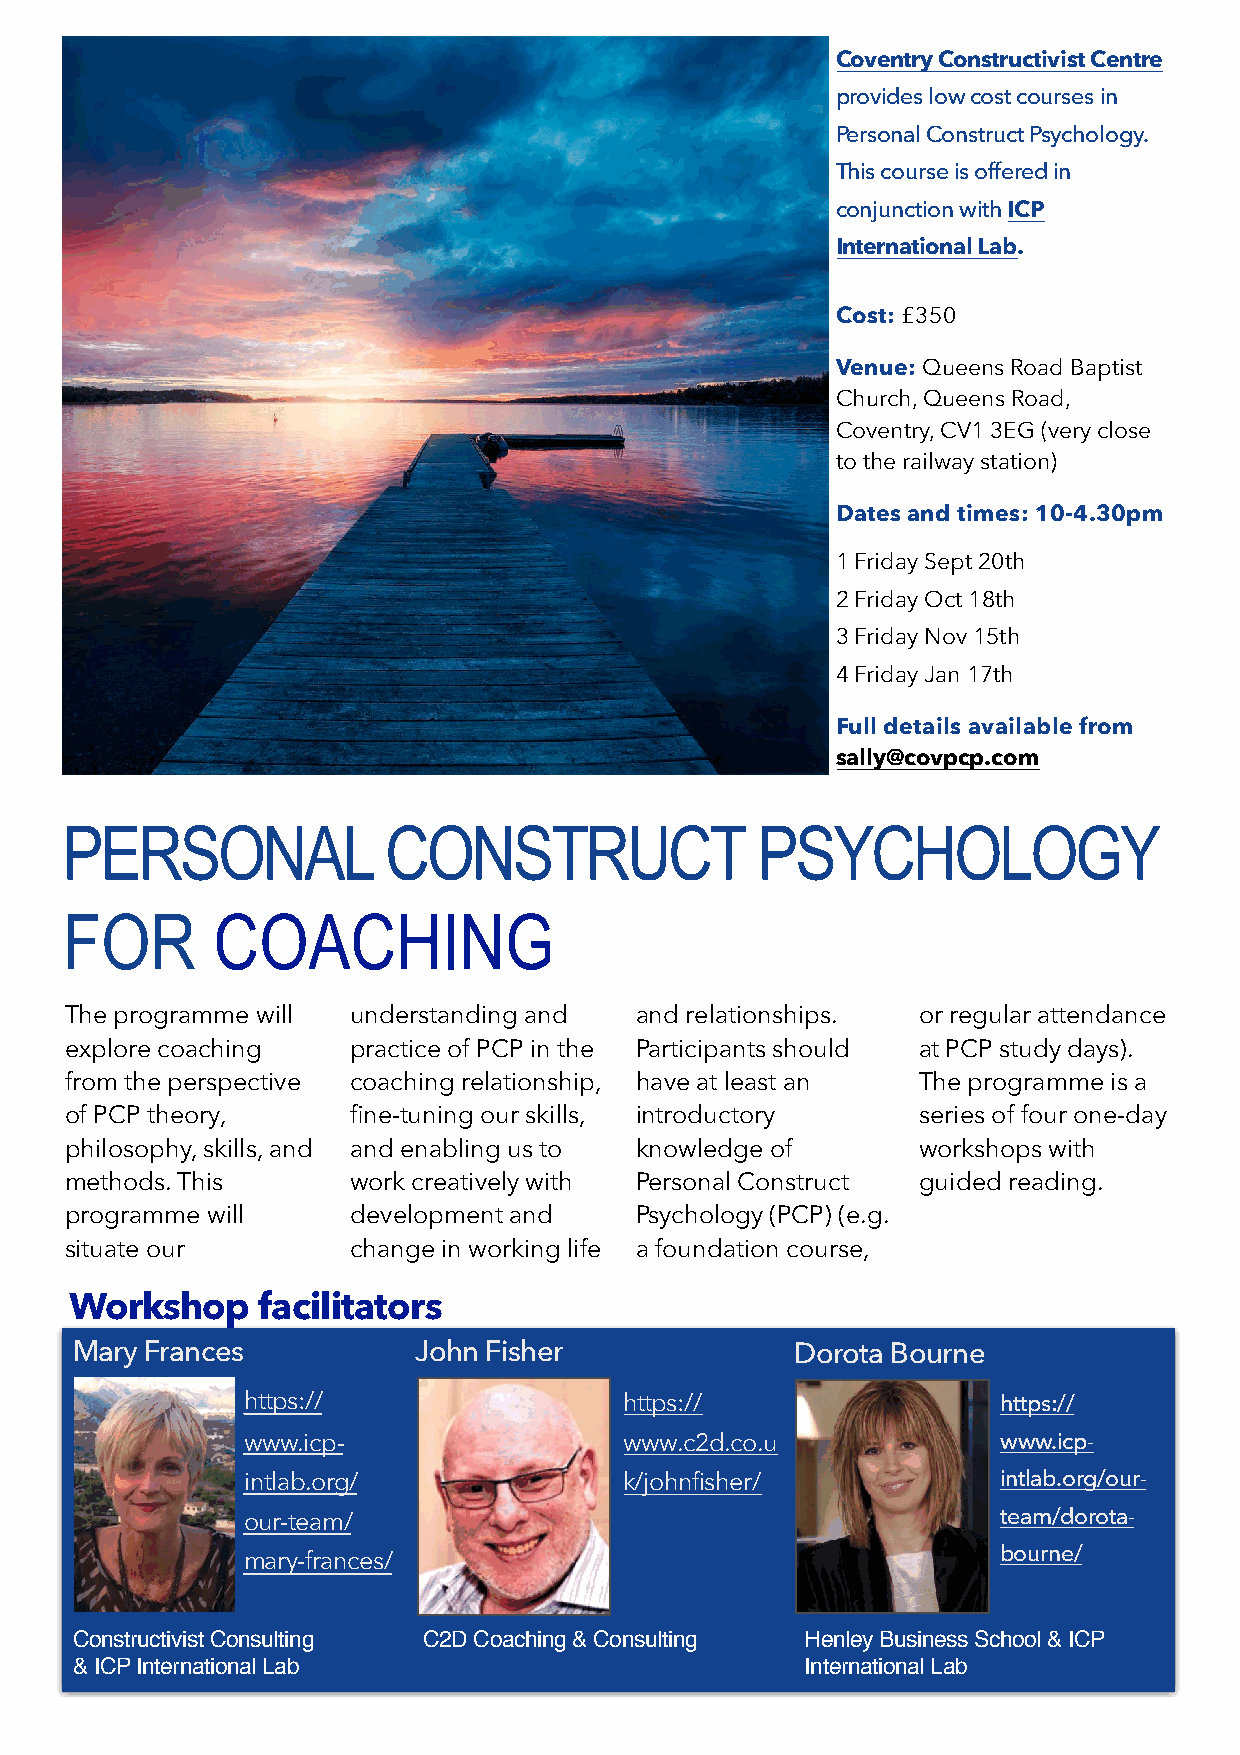
Coventry Constructivist Centre
 provides low cost courses in
 Personal Construct Psychology.
 This course is offered in
 conjunction with ICP
 International Lab.
 Cost: £350
 Venue: Queens Road Baptist
 Church, Queens Road,
 Coventry, CV1 3EG (very close
 to the railway station)
 Dates and times: 10-4.30pm
 1 Friday Sept 20th
 2 Friday Oct 18th
 3 Friday Nov 15th
 4 Friday Jan 17th
 Full details available from
 sally@covpcp.com
 PERSONAL              CONSTRUCT               PSYCHOLOGY
 FOR       COACHING
 The programme will understanding and  and relationships. or regular attendance
 explore coaching   practice of PCP in the Participants should at PCP study days).
 from the perspective coaching relationship, have at least an The programme is a
 of PCP theory,     fine-tuning our skills, introductory  series of four one-day
 philosophy, skills, and and enabling us to knowledge of  workshops with
 methods. This      work creatively with Personal Construct guided reading.
 programme will     development and    Psychology (PCP) (e.g.
 situate our        change in working life a foundation course,
 Workshop    facilitators
 Mary Frances          John Fisher               Dorota Bourne
 https://                 https://                 https://
 www.icp-                 www.c2d.co.u             www.icp-
 intlab.org/              k/johnfisher/            intlab.org/our-
 our-team/                                         team/dorota-
 bourne/
 mary-frances/
 Constructivist Consulting C2D Coaching & Consulting Henley Business School & ICP
 & ICP International Lab                         International Lab